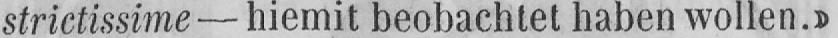
strictissime - hiemit beobachtet haben wollen.»